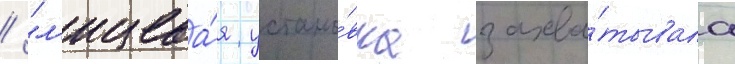
/ "л'ицева́я устано́вка захва́тывала